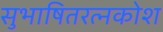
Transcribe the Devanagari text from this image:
सुभाषितरत्नकोश